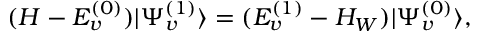
( H - E _ { v } ^ { ( 0 ) } ) | \Psi _ { v } ^ { ( 1 ) } \rangle = ( E _ { v } ^ { ( 1 ) } - H _ { W } ) | \Psi _ { v } ^ { ( 0 ) } \rangle ,